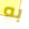
به